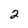
Character: 2